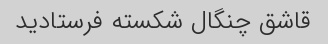
قاشق چنگال شکسته فرستادید